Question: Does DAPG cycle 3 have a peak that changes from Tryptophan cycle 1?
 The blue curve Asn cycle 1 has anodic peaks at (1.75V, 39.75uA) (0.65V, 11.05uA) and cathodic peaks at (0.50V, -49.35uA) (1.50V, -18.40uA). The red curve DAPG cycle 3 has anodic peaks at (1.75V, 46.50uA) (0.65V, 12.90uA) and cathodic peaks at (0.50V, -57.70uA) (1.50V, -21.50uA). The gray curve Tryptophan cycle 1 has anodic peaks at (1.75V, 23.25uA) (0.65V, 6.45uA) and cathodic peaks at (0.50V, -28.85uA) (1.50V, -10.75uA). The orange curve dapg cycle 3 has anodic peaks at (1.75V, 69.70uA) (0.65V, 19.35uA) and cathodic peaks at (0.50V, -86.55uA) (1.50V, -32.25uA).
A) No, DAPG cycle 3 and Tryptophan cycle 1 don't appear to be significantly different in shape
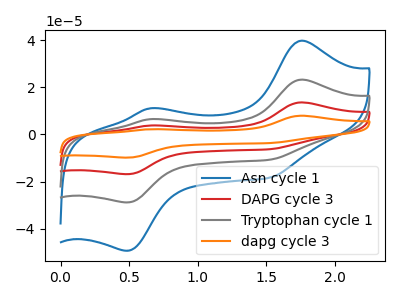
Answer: <think>All the peaks in "DAPG cycle 3" have a peak in "Tryptophan cycle 1" at the same potential. Every peak in "DAPG cycle 3" is higher than every peak in "Tryptophan cycle 1".
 </think>
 <answer>A) No, "DAPG cycle 3" and "Tryptophan cycle 1" don't appear to be significantly different in shape</answer>
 <eval>A</eval>